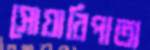
সোয়ারিপাতা